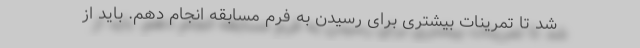
شد تا تمرینات بیشتری برای رسیدن به فرم مسابقه انجام دهم. باید از